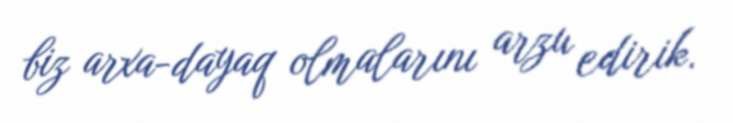
biz arxa-dayaq olmalarını arzu edirik.